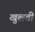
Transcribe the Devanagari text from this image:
खुलतीं